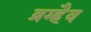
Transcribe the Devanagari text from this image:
ब्रम्हैव